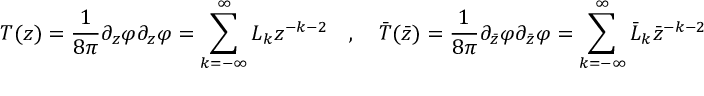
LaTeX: T ( z ) = \frac { 1 } { 8 \pi } \partial _ { z } \varphi \partial _ { z } \varphi = \sum _ { k = - \infty } ^ { \infty } L _ { k } z ^ { - k - 2 } \quad , \quad \bar { T } ( \bar { z } ) = \frac { 1 } { 8 \pi } \partial _ { \bar { z } } \varphi \partial _ { \bar { z } } \varphi = \sum _ { k = - \infty } ^ { \infty } \bar { L } _ { k } \bar { z } ^ { - k - 2 }